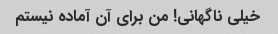
خیلی ناگهانی! من برای آن آماده نیستم